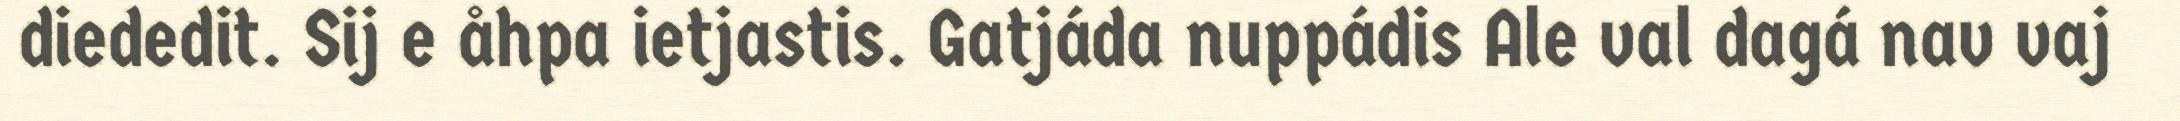
diededit. Sij e åhpa ietjastis. Gatjáda nuppádis Ale val dagá nav vaj